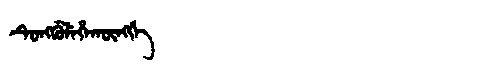
Manchu: ᡨᡠᠩᡤᡠᠯᡝᡥᠠᡴᡡᠩᡤᡝ
Romanization: TUNGGULEHAKŪNGGE